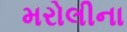
મરોલીના